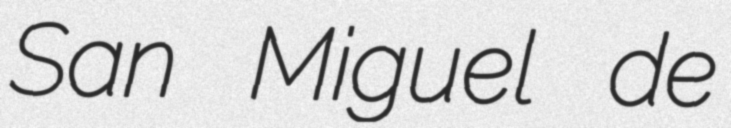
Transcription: San Miguel de